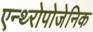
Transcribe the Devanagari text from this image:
एन्थ्‍रोपोजेनिक